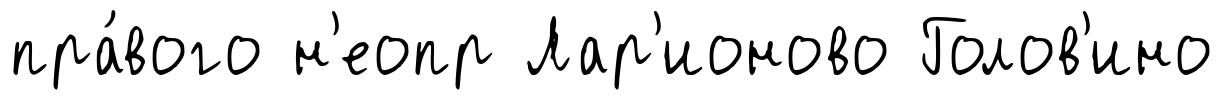
пра́вого н'еопр Лар'ионово Голов'ино